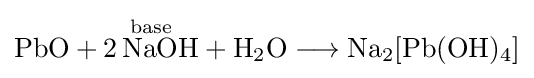
{\mathrm {PbO} {}+{}{\overset {\mathrm {base} }{2\,\mathrm {NaOH} }}{}+{}\mathrm {H} {\vphantom {A}}_{\smash[{t}]{2}}\mathrm {O} {}\mathrel {\longrightarrow } {}\mathrm {Na} {\vphantom {A}}_{\smash[{t}]{2}}[\mathrm {Pb} (\mathrm {OH} ){\vphantom {A}}_{\smash[{t}]{4}}]}